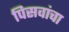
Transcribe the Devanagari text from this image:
पिसवांचा